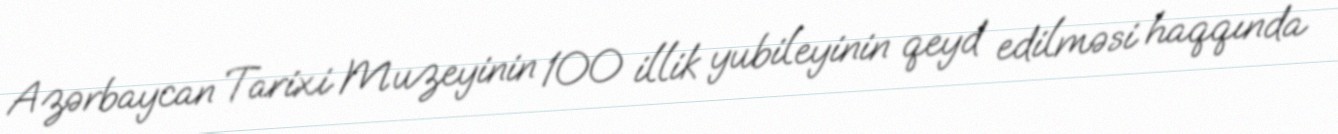
Azərbaycan Tarixi Muzeyinin 100 illik yubileyinin qeyd edilməsi haqqında